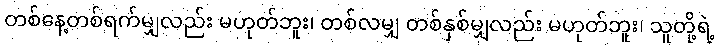
တစ်နေ့တစ်ရက်မျှလည်း မဟုတ်ဘူး၊ တစ်လမျှ တစ်နှစ်မျှလည်း မဟုတ်ဘူး၊ သူတို့ရဲ့